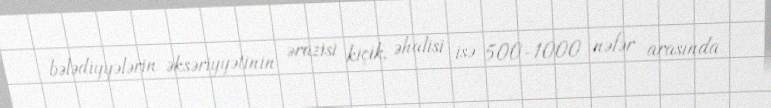
bələdiyyələrin əksəriyyətinin ərazisi kiçik, əhalisi isə 500-1000 nəfər arasında